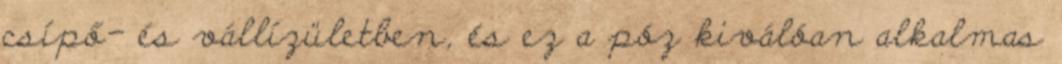
csípő- és vállízületben, és ez a póz kiválóan alkalmas